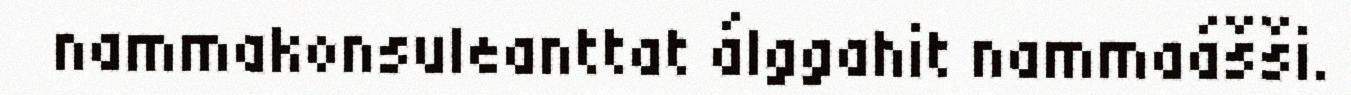
nammakonsuleanttat álggahit nammaášši.